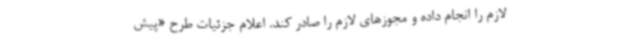
لازم را انجام داده و مجوزهای لازم را صادر کند. اعلام جزئیات طرح «پیش